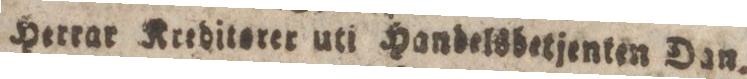
Herrar Krediterer uti handelsbetjenten Dan.